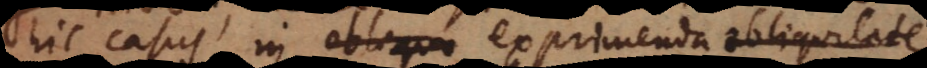
hic casus in obliquo exprimenda obliquitate